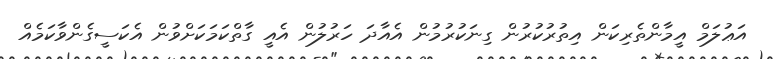
އަޢުލަމް އީމާންތެރިކަން އިތުރުކުރުން ގިނަކުރުމުން އެއާދަ ހަރުލުން އެއީ ގާތްކަމަކަށްވުން އެކަސީގެންވާކަމެއް